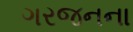
ગરજનના